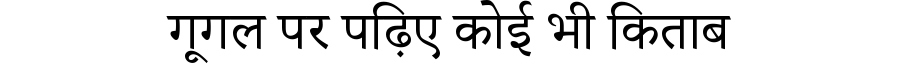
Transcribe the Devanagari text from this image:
गूगल पर पढ़िए कोई भी किताब